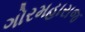
ગોરમહારાજ